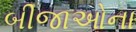
બીજાઓના